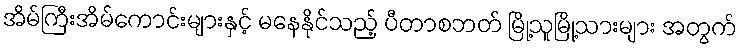
အိမ်ကြီးအိမ်ကောင်းများနှင့် မနေနိုင်သည့် ပီတာစဘတ် မြို့သူမြို့သားများ အတွက်